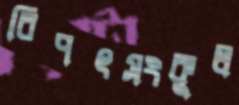
বিপৎসংকুল